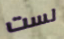
لست